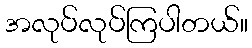
အလုပ်လုပ်ကြပါတယ်။